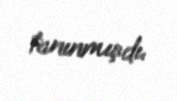
tanınmışdı.